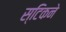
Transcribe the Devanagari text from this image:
स्टिकने